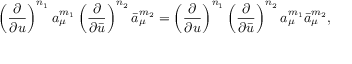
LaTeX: \left( \frac { \partial } { \partial u } \right) ^ { n _ { 1 } } a _ { \mu } ^ { m _ { 1 } } \left( \frac { \partial } { \partial \bar { u } } \right) ^ { n _ { 2 } } \bar { a } _ { \mu } ^ { m _ { 2 } } = \left( \frac { \partial } { \partial u } \right) ^ { n _ { 1 } } \left( \frac { \partial } { \partial \bar { u } } \right) ^ { n _ { 2 } } a _ { \mu } ^ { m _ { 1 } } \bar { a } _ { \mu } ^ { m _ { 2 } } ,